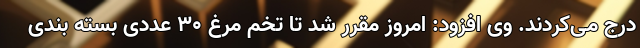
درج می‌کردند. وی افزود: امروز مقرر شد تا تخم مرغ ۳۰ عددی بسته بندی